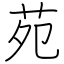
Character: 苑